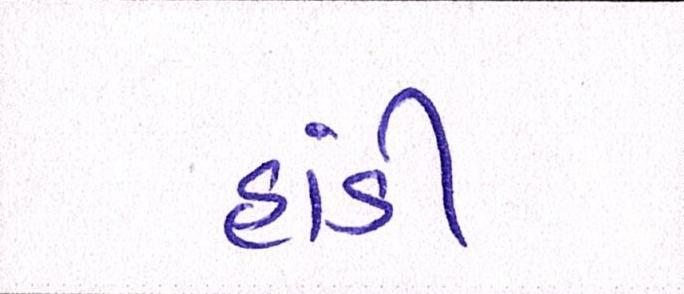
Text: હાંડી